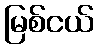
မြစ်ငယ်